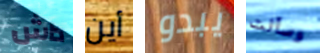
داش أين يبدو وسألت